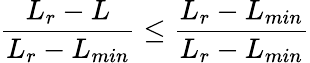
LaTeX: \frac{L_{r}-L}{L_{r}-L_{min}}\leq\frac{L_{r}-L_{min}}{L_{r}-L_{min}}